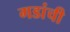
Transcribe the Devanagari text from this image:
गडांची